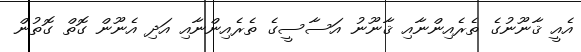
އެއީ ޤާނޫނުގެ ތެރެއިންނާއި ޤާނޫނު އަސާސީގެ ތެރެއިންނާއި އަދި އެނޫން ގޮތް ގޮތުން